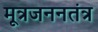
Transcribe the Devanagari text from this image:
मूत्रजननतंत्र